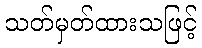
သတ်မှတ်ထားသဖြင့်